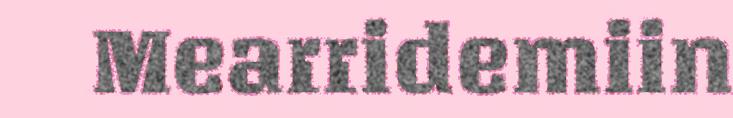
Mearridemiin